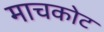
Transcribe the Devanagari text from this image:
माचकोट